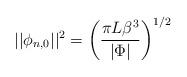
LaTeX: \begin{align*}\vert\vert \phi_{n,0}\vert\vert^2=\left(\frac{\pi L\beta^3}{\vert\Phi\vert}\right)^{1/2}\end{align*}